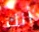
أنك